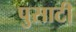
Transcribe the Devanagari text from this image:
पुसाटी